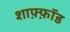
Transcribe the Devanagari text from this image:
शाफ़्फ़ॉड